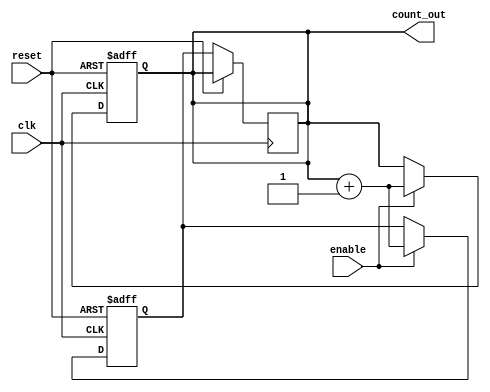
module MemoryBlocksUpCounter #(
    parameter N = 8  // Number of bits for the counter
)(
    input wire clk,      // Clock signal
    input wire reset,    // Asynchronous active-high reset
    input wire enable,   // Active-high enable signal
    output reg [N-1:0] count_out  // Current count value
);

    // Memory block to store the count value
    reg [N-1:0] memory [0:0]; // Single memory block to hold the count

    // Asynchronous reset and counting process
    always @(posedge clk or posedge reset) begin
        if (reset) begin
            count_out <= 0; // Reset the count to zero
            memory[0] <= 0; // Reset memory block
        end else if (enable) begin
            // Increment the counter if enabled
            count_out <= count_out + 1;
            memory[0] <= count_out + 1; // Update the memory block
        end
    end

    // Output the current count from memory
    always @(posedge clk) begin
        if (!reset) begin
            count_out <= memory[0]; // Read from memory block
        end
    end

endmodule